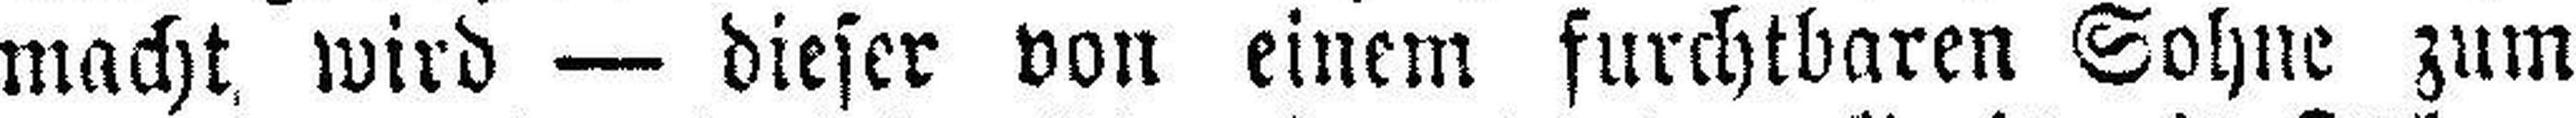
macht wird — dieser von einem furchtbaren Sohne zum